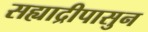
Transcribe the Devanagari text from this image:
सह्याद्रीपासुन